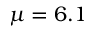
\mu = 6 . 1